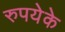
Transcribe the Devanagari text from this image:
रुपयेके